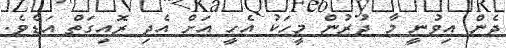
ދެން އިވުނީ މާ ދުރުން މީހަކު އެހީ އަށް އެދި ރޮއިގަތް އަޑެވެ.